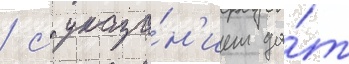
/ с указа́н'ием да́т